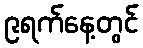
၉ရက်နေ့တွင်